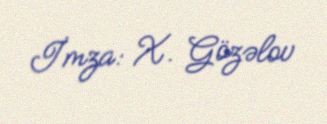
İmza: X. Gözəlov